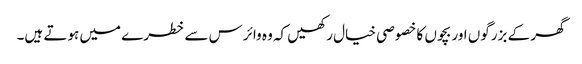
گھر کے بزرگوں اور بچوں کا خصوصی خیال رکھیں کہ وہ وائرس سے خطرے میں ہوتے ہیں۔